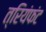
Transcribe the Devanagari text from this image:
त्रियंफंट